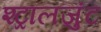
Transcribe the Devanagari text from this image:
श्ट्रालजुंट